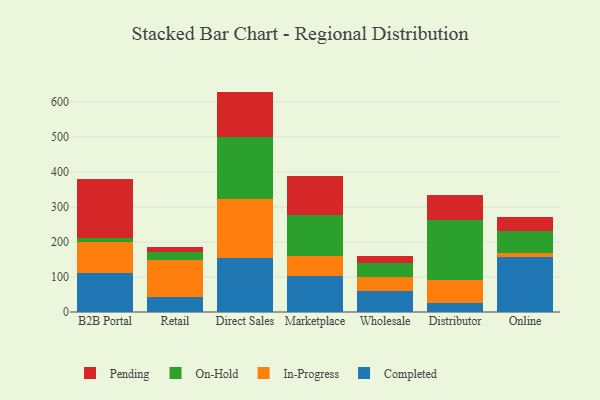
{"axis": {"x": "Channel", "y": "Satisfaction Score"}, "legend": ["Completed", "In-Progress", "On-Hold", "Pending"], "data": [{"x": "B2B Portal", "y": 110.8, "type": "Completed"}, {"x": "B2B Portal", "y": 89.0, "type": "In-Progress"}, {"x": "B2B Portal", "y": 11.5, "type": "On-Hold"}, {"x": "B2B Portal", "y": 167.6, "type": "Pending"}, {"x": "Retail", "y": 42.1, "type": "Completed"}, {"x": "Retail", "y": 106.8, "type": "In-Progress"}, {"x": "Retail", "y": 22.6, "type": "On-Hold"}, {"x": "Retail", "y": 13.4, "type": "Pending"}, {"x": "Direct Sales", "y": 153.9, "type": "Completed"}, {"x": "Direct Sales", "y": 170.3, "type": "In-Progress"}, {"x": "Direct Sales", "y": 175.1, "type": "On-Hold"}, {"x": "Direct Sales", "y": 130.4, "type": "Pending"}, {"x": "Marketplace", "y": 101.9, "type": "Completed"}, {"x": "Marketplace", "y": 59.0, "type": "In-Progress"}, {"x": "Marketplace", "y": 115.0, "type": "On-Hold"}, {"x": "Marketplace", "y": 113.4, "type": "Pending"}, {"x": "Wholesale", "y": 59.3, "type": "Completed"}, {"x": "Wholesale", "y": 39.7, "type": "In-Progress"}, {"x": "Wholesale", "y": 40.6, "type": "On-Hold"}, {"x": "Wholesale", "y": 21.2, "type": "Pending"}, {"x": "Distributor", "y": 24.7, "type": "Completed"}, {"x": "Distributor", "y": 65.7, "type": "In-Progress"}, {"x": "Distributor", "y": 171.3, "type": "On-Hold"}, {"x": "Distributor", "y": 73.5, "type": "Pending"}, {"x": "Online", "y": 157.8, "type": "Completed"}, {"x": "Online", "y": 10.6, "type": "In-Progress"}, {"x": "Online", "y": 64.0, "type": "On-Hold"}, {"x": "Online", "y": 38.7, "type": "Pending"}]}